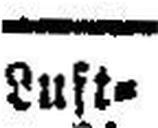
Luft¬